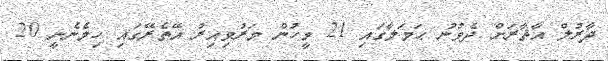
ދާރުލް އާޘާރަށް ދެވުނު ޙަމަލާގައި 21 މީހުން މަރުވިއިރު އޭތެރޭގައި ހިމެނެނީ 20